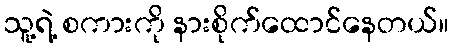
သူ့ရဲ့ စကားကို နားစိုက်ထောင်နေတယ်။